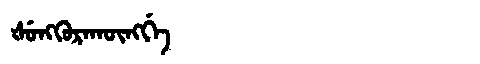
Manchu: ᡧᡠᠩᡴᡠᡵᠠᡴᡡᠩᡤᡝ
Romanization: ŠUNGKURAKŪNGGE